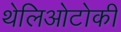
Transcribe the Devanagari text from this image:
थेलिओटोकी